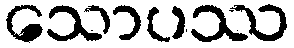
သောပဿ